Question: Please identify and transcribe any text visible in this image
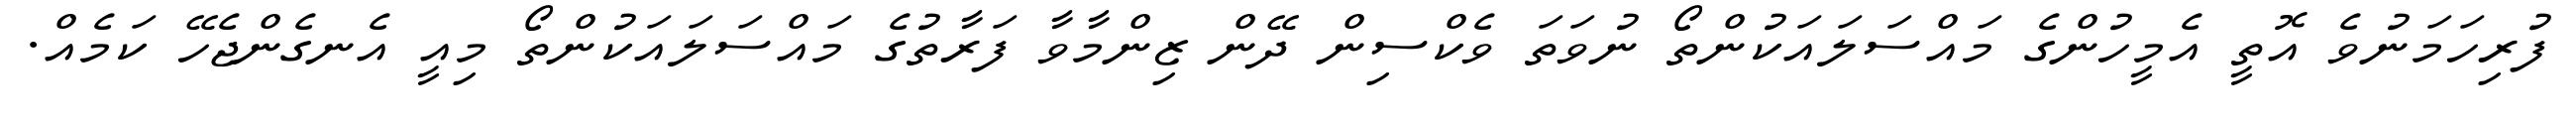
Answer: ފުރިހަމަނުވެ އޮތީ އެމީހުންގެ މައްސަލައަކުންތޯ ނުވަތަ ވެކްސިން ދޭން ޒިންމާވާ ފަރާތުގެ މައްސަލައަކުންތޯ މިއީ އެނގެންޖެހޭ ކަމެއް.